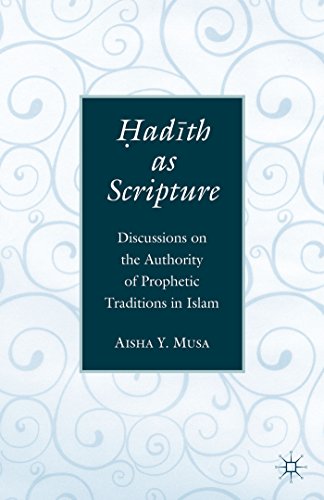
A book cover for Hadith as Scripture: Discussions on the Authority of Prophetic Traditions in Islam; Aisha Y. Musa; Religion & Spirituality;